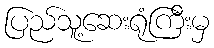
ပြည်သူ့ဆေးရုံကြီးမှ